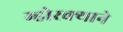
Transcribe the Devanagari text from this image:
म्होरक्याने